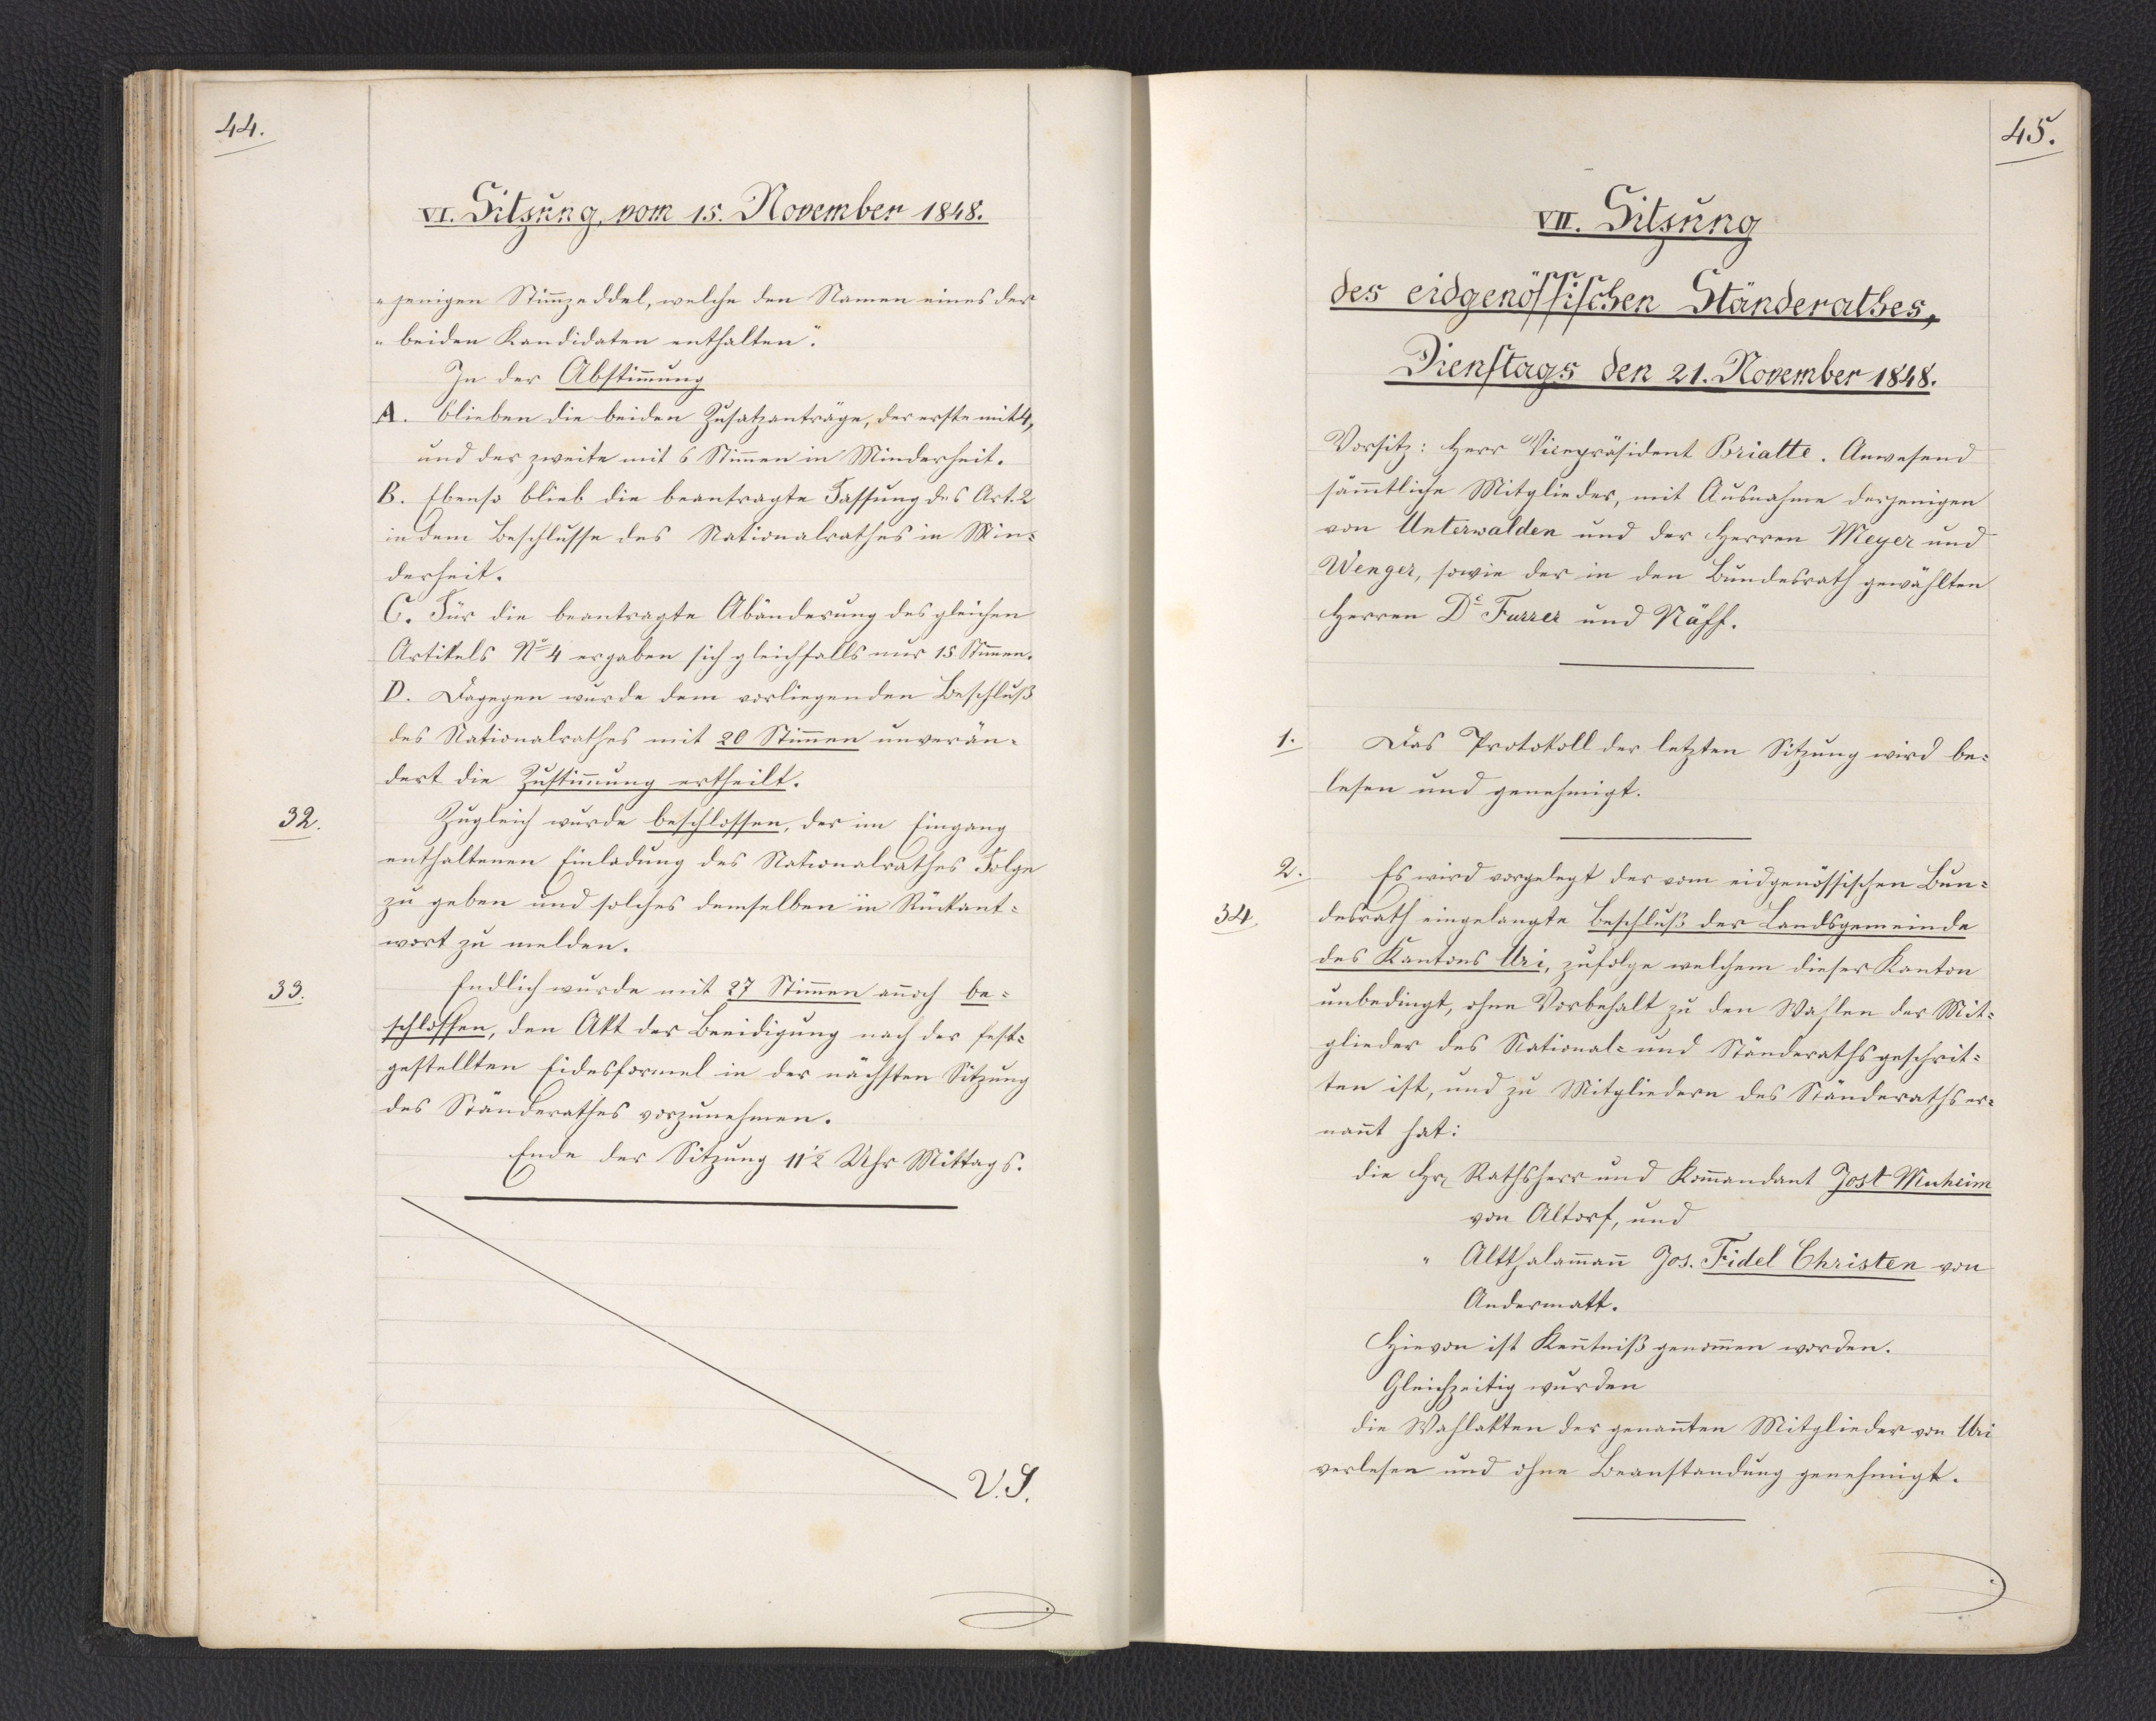
44.

VI. Sitzung, vom 15. November 1848.

jenigen Stimmzeddel, welche den Namen eines der
beiden Kandidaten enthalten."
In der Abstimmung
A. blieben die beiden Zusatzanträge, der erste mit 4,
und der zweite mit 6 Stimmen in Minderheit.
B. Ebenso blieb die beantragte Fassung des Art. 2
in dem Beschlusse des Nationalrathes in Min¬
derheit.
C. Für die beantragte Abänderung des gleichen
Artikels No 4 ergaben sich gleichfalls nur 15 Stimmen.
D. Dagegen wurde dem vorliegenden Beschluß
des Nationalrathes mit 20 Stimmen unverän¬
dert die Zustimmung ertheilt.
Zugleich wurde beschlossen, der im Eingang
enthaltenen Einladung des Nationalrathes Folge
zu geben und solches demselben in Rückant¬
wort zu melden.
Endlich wurde mit 27 Stimmen annoch be¬
schlossen, den Akt der Beeidigung nach der fest¬
gestellten Eidesformel in der nächsten Sitzung
des Ständerathes vorzunehmen.
Ende der Sitzung 11 1/2 Uhr Mittags.

32.

33.

V. S.